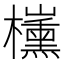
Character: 𣠍